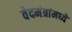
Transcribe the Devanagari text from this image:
वेदमंत्रांमध्ये